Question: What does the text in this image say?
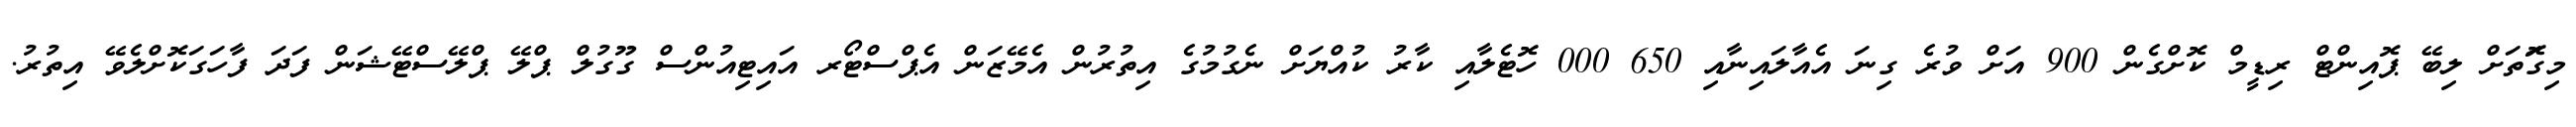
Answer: މިގޮަތަށް ލިބޭ ޕޮއިންޓް ރިޑީމް ކޮށްގެން 900 އަށް ވުރެ ގިނަ އެއާލައިނާއި 650 000 ހޮޓެލާއި ކާރު ކުއްޔަށް ނެގުމުގެ އިތުރުން އެމޭޒަން އެޕްސްޓޯރ އައިޓިއުންސް ގޫގުލް ޕްލޭ ޕްލޭސްޓޭޝަން ފަދަ ފާހަގަކޮށްލެވޭ އިތުރު.